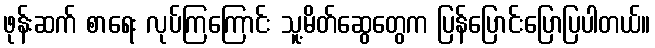
ဖုန်းဆက် စာရေး လုပ်ကြကြောင်း သူ့မိတ်ဆွေတွေက ပြန်ပြောင်းပြောပြပါတယ်။